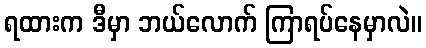
ရထားက ဒီမှာ ဘယ်လောက် ကြာရပ်နေမှာလဲ။